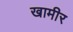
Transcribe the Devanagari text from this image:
खामीर